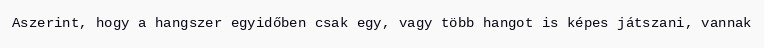
Aszerint, hogy a hangszer egyidőben csak egy, vagy több hangot is képes játszani, vannak